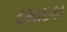
ટમાઇકા